Leaving Certificate Examination (including Day School Certificate (Higher) General paper), 1936
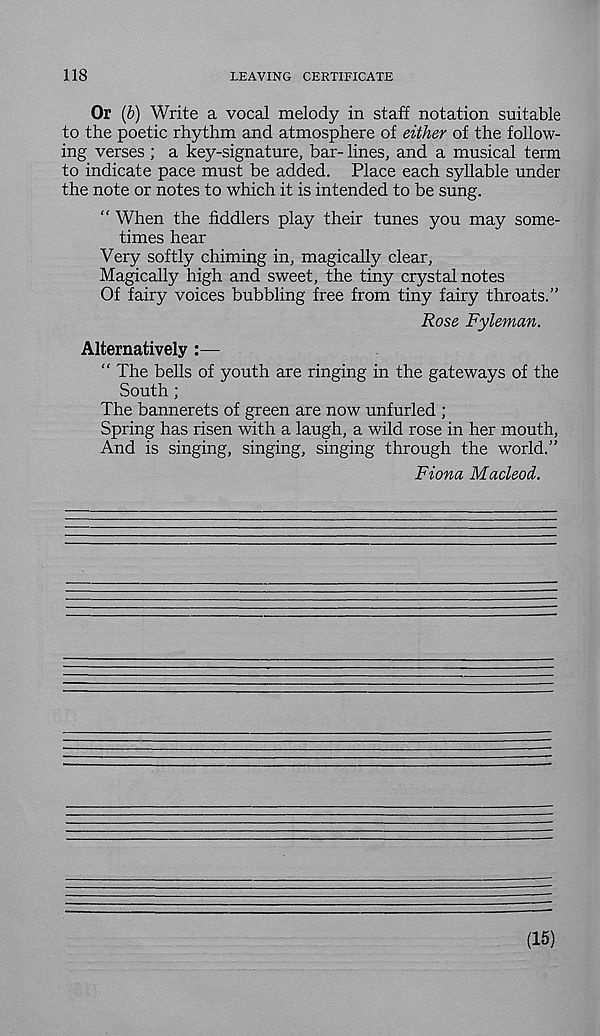
118
LEAVING CERTIFICATE
Or (&) Write a vocal melody in staff notation suitable
to the poetic rhythm and atmosphere of either of the follow-
ing verses ; a key-signature, bar- lines, and a musical term
to indicate pace must be added. Place each syllable under
the note or notes to which it is intended to be sung.
“ When the fiddlers play their tunes you may some-
times hear
Very softly chiming in, magically clear.
Magically high and sweet, the tiny crystal notes
Of fairy voices bubbling free from tiny fairy throats.”
Rose Fyleman.
Alternatively :—
“ The bells of youth are ringing in the gateways of the
South ;
The bannerets of green are now unfurled ;
Spring has risen with a laugh, a wild rose in her mouth,
And is singing, singing, singing through the world.”
Fiona Macleod.
(15)